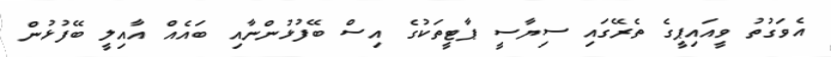
އެވަގުތު ވީއައިޕީގެ ތެރޭގައި ސިޔާސީ ޕާޓީތަކުގެ އިސް ބޭފުޅުންނާއި ބައެއް އާއިލީ ބޭފުޅުން